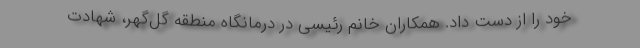
خود را از دست داد. همکاران خانم رئیسی در درمانگاه منطقه گل‌گهر، شهادت